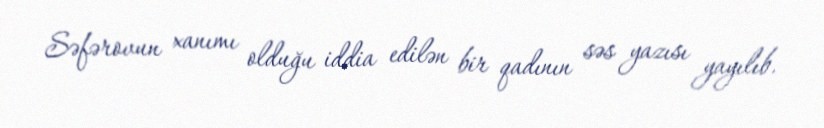
Səfərovun xanımı olduğu iddia edilən bir qadının səs yazısı yayılıb.